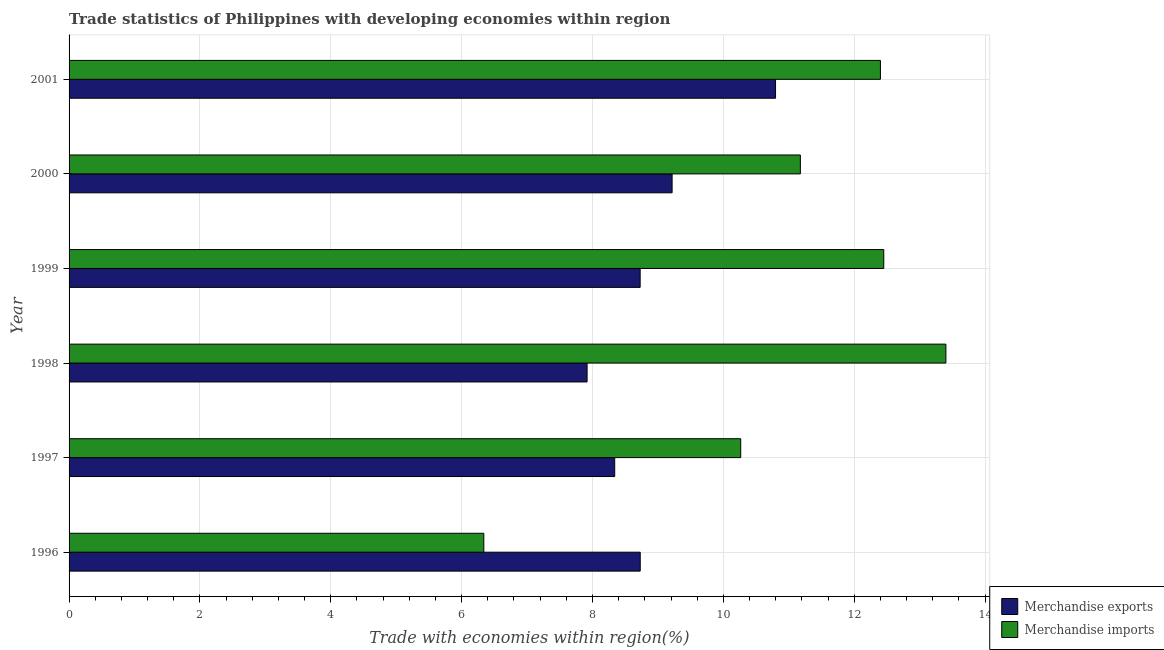
| Year | Merchandise exports | Merchandise imports |
 | --- | --- | --- |
 | 1996 | 8.73 | 6.34 |
 | 1997 | 8.34 | 10.3 |
 | 1998 | 7.92 | 13.4 |
 | 1999 | 8.73 | 12.5 |
 | 2000 | 9.22 | 11.2 |
 | 2001 | 10.8 | 12.4 |